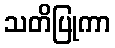
သတိပြုကာ